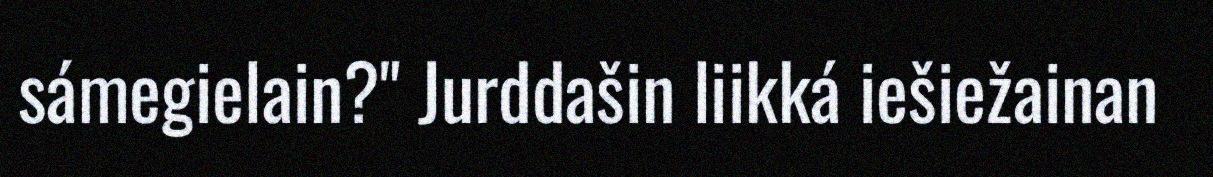
sámegielain?" Jurddašin liikká iešiežainan